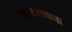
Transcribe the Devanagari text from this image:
उच्छृंखलपणा